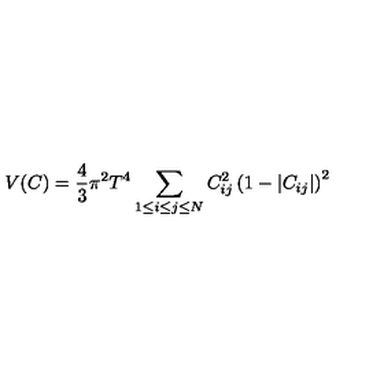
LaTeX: V ( C ) = { \frac { 4 } { 3 } } \pi ^ { 2 } T ^ { 4 } \sum _ { 1 \le i \le j \le N } C _ { i j } ^ { 2 } \left( 1 - \vert C _ { i j } \vert \right) ^ { 2 }